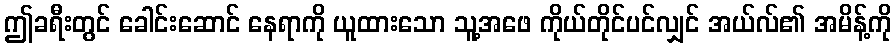
ဤခရီးတွင် ခေါင်းဆောင် နေရာကို ယူထားသော သူ့အဖေ ကိုယ်တိုင်ပင်လျှင် အယ်လ်၏ အမိန့်ကို